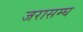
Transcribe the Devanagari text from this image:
जरासम्घ